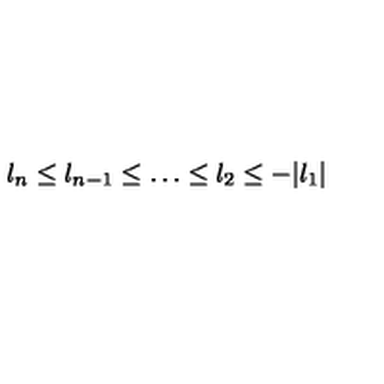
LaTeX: l _ { n } \le l _ { n - 1 } \le \ldots \le l _ { 2 } \le - | l _ { 1 } |